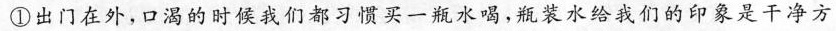
①出门在外，口渴的时候我们都习惯买一瓶水喝，瓶装水给我们的印象是干净方